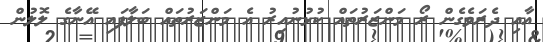
އާއި ދެރަވެގެން ރޯ މަންޒަރުތައް ކުޅުނުއިރު އެ މަންޒަރުތައް ބަލާފައި އޭނާގެ ލޮލުން